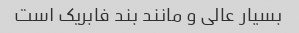
بسیار عالی و مانند بند فابریک است